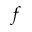
f